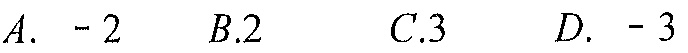
$A.\ -2\ \ \ B.2\ \ \ C.3\ \ \ D.\ -3$